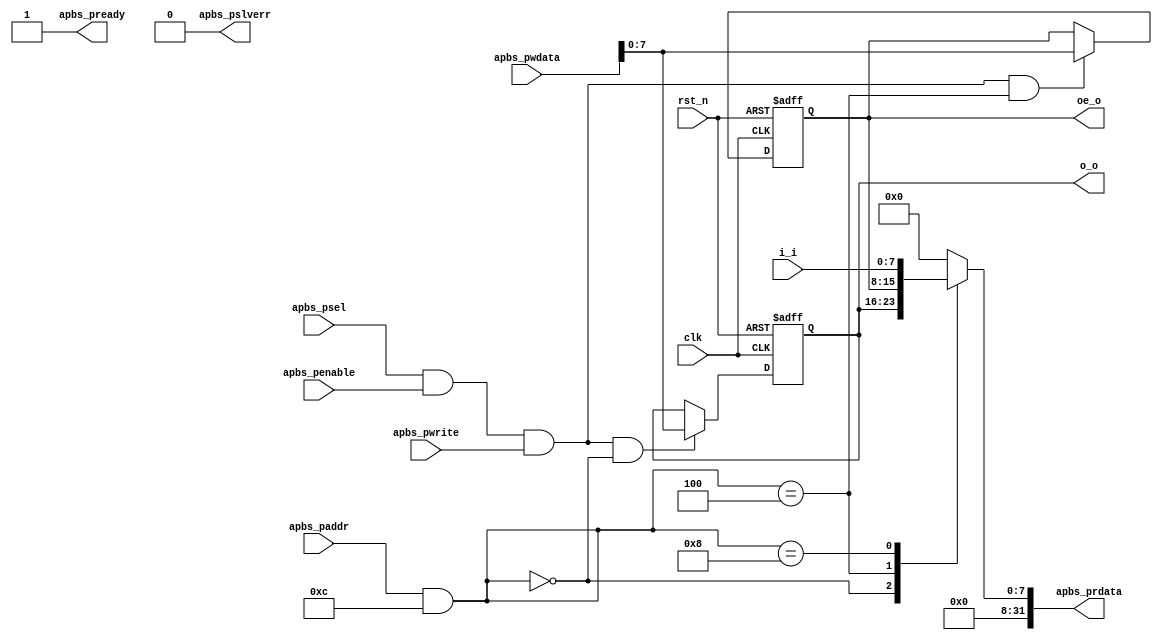
/*******************************************************************************
*                          AUTOGENERATED BY REGBLOCK                           *
*                            Do not edit manually.                             *
*          Edit the source file (or regblock utility) and regenerate.          *
*******************************************************************************/

// Block name           : gpio
// Bus type             : apb
// Bus data width       : 32
// Bus address width    : 16

module gpio_regs (
	input wire clk,
	input wire rst_n,
	
	// APB Port
	input wire apbs_psel,
	input wire apbs_penable,
	input wire apbs_pwrite,
	input wire [15:0] apbs_paddr,
	input wire [31:0] apbs_pwdata,
	output wire [31:0] apbs_prdata,
	output wire apbs_pready,
	output wire apbs_pslverr,
	
	// Register interfaces
	output reg [7:0] o_o,
	output reg [7:0] oe_o,
	input wire [7:0] i_i
);

// APB adapter
wire [31:0] wdata = apbs_pwdata;
reg [31:0] rdata;
wire wen = apbs_psel && apbs_penable && apbs_pwrite;
wire ren = apbs_psel && apbs_penable && !apbs_pwrite;
wire [15:0] addr = apbs_paddr & 16'hc;
assign apbs_prdata = rdata;
assign apbs_pready = 1'b1;
assign apbs_pslverr = 1'b0;

localparam ADDR_O = 0;
localparam ADDR_OE = 4;
localparam ADDR_I = 8;

wire __o_wen = wen && addr == ADDR_O;
wire __o_ren = ren && addr == ADDR_O;
wire __oe_wen = wen && addr == ADDR_OE;
wire __oe_ren = ren && addr == ADDR_OE;
wire __i_wen = wen && addr == ADDR_I;
wire __i_ren = ren && addr == ADDR_I;

wire [7:0] o_wdata = wdata[7:0];
wire [7:0] o_rdata;
wire [31:0] __o_rdata = {24'h0, o_rdata};
assign o_rdata = o_o;

wire [7:0] oe_wdata = wdata[7:0];
wire [7:0] oe_rdata;
wire [31:0] __oe_rdata = {24'h0, oe_rdata};
assign oe_rdata = oe_o;

wire [7:0] i_wdata = wdata[7:0];
wire [7:0] i_rdata;
wire [31:0] __i_rdata = {24'h0, i_rdata};
assign i_rdata = i_i;

always @ (*) begin
	case (addr)
		ADDR_O: rdata = __o_rdata;
		ADDR_OE: rdata = __oe_rdata;
		ADDR_I: rdata = __i_rdata;
		default: rdata = 32'h0;
	endcase
end

always @ (posedge clk or negedge rst_n) begin
	if (!rst_n) begin
		o_o <= 8'h0;
		oe_o <= 8'h0;
	end else begin
		if (__o_wen)
			o_o <= o_wdata;
		if (__oe_wen)
			oe_o <= oe_wdata;
	end
end

endmodule